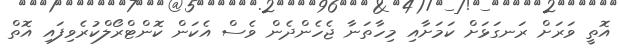
އޮތީ ވަރަށް ރަނގަޅަށް ކަމަށާއި މިހާތަނާ ޖެހެންދެން ވެސް އެކަން ކޮންޓްރޯލްކުރެވިފައި އޮތް